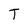
Character: T